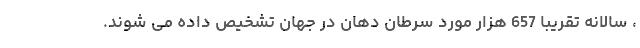
، سالانه تقریبا 657 هزار مورد سرطان دهان در جهان تشخیص داده می شوند.